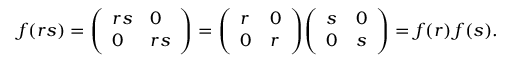
f ( r s ) = { \left( \begin{array} { l l } { r s } & { 0 } \\ { 0 } & { r s } \end{array} \right) } = { \left( \begin{array} { l l } { r } & { 0 } \\ { 0 } & { r } \end{array} \right) } { \left( \begin{array} { l l } { s } & { 0 } \\ { 0 } & { s } \end{array} \right) } = f ( r ) \, f ( s ) .